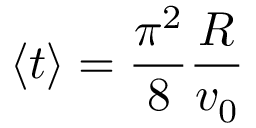
\langle t \rangle = { \frac { \pi ^ { 2 } } { 8 } } { \frac { R } { v _ { 0 } } }